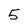
Character: 5